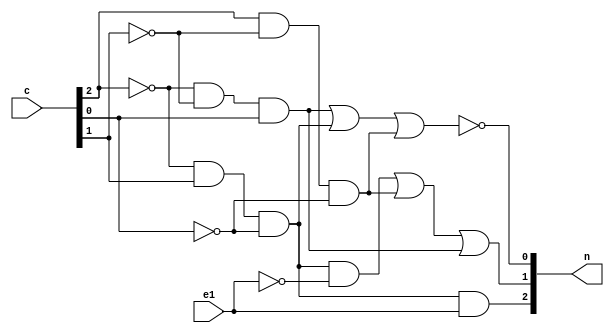
module State_Select_Pipelined
(
	input e1,
	input [2:0] c,
	output [2:0] n
);

	assign n[2] = (~c[2]&c[1]&~c[0])&e1;
	assign n[1] = ((~c[2]&c[1]&~c[0])&~e1)|(c[2]&~c[1]&~c[0])|(~c[2]&~c[1]&c[0]);
	assign n[0] = ~( (~c[2]&~c[1]&c[0]) |(~c[2]&c[1]&~c[0]) | (c[2]&~c[1]&~c[0]) );
	
endmodule